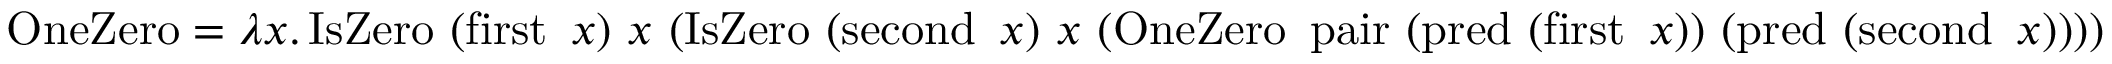
\operatorname { O n e Z e r o } = \lambda x . \operatorname { I s Z e r o } \ ( \operatorname { f i r s t } \ x ) \ x \ ( \operatorname { I s Z e r o } \ ( \operatorname { s e c o n d } \ x ) \ x \ ( \operatorname { O n e Z e r o } \ \operatorname { p a i r } \ ( \operatorname { p r e d } \ ( \operatorname { f i r s t } \ x ) ) \ ( \operatorname { p r e d } \ ( \operatorname { s e c o n d } \ x ) ) ) )